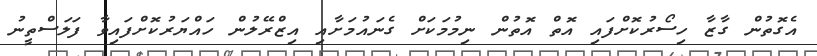
އެގޮތުން ގާޒާ ހިސޯރުކޮށްފައި އޮތް އޮތުން ނިމުމަކަށް ގެނައުމަށާއި އިޒްރޭލުން ހައްޔަރުކޮށްފައިވާ ފަލަސްތީނު